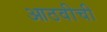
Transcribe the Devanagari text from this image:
आठवीची